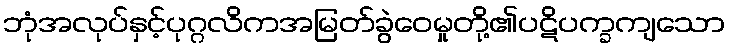
ဘုံအလုပ်နှင့်ပုဂ္ဂလိကအမြတ်ခွဲဝေမှုတို့၏ပဋိပက္ခကျသော